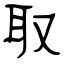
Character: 取